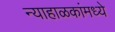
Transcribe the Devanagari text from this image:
न्याहाळकांमध्ये